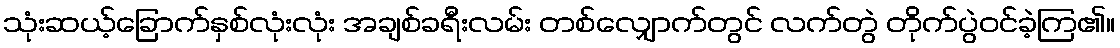
သုံးဆယ့်ခြောက်နှစ်လုံးလုံး အချစ်ခရီးလမ်း တစ်လျှောက်တွင် လက်တွဲ တိုက်ပွဲဝင်ခဲ့ကြ၏။